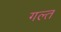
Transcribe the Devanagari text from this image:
गल्त